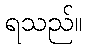
ရသည်။